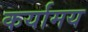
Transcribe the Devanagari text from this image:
कर्यामय